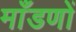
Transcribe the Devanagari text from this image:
माँडणों